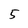
Character: 5